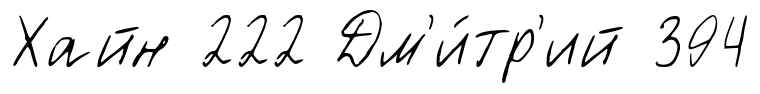
Хайн 222 Дм'и́тр'ий 394